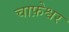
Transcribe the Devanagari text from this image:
चाफ़ेश्वर